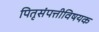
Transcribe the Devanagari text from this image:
पितृसंपत्तीविषयक